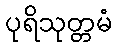
ပုရိသုတ္တမံ